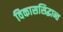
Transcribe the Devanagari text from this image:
विकाससिद्धान्त